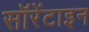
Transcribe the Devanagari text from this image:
सॉरेंटाइन